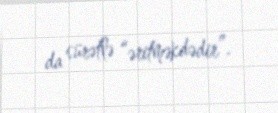
da sürətlə “əritməkdədir”.